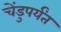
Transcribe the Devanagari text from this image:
चेंडुपर्यंत